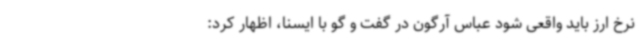
نرخ ارز باید واقعی شود عباس آرگون در گفت و گو با ایسنا، اظهار کرد: